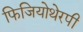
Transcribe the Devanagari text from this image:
फिजियोथेरपी